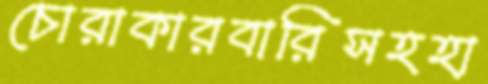
চোরাকারবারিসহহা